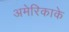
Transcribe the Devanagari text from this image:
अमेरिकाके